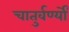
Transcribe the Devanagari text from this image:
चातुर्वर्ण्यों